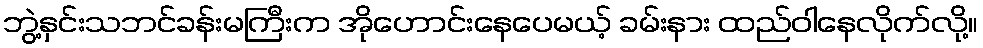
ဘွဲ့နှင်းသဘင်ခန်းမကြီးက အိုဟောင်းနေပေမယ့် ခမ်းနား ထည်ဝါနေလိုက်လို့။